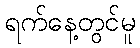
ရက်နေ့တွင်မူ